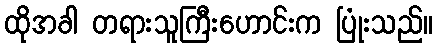
ထိုအခါ တရားသူကြီးဟောင်းက ပြုံးသည်။